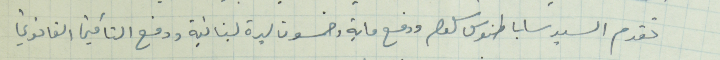
تقدم السيد سابا طنوس سلوم ودفع ماية وخمسون ليرة لبنانية ودفع التأمين القانوني